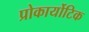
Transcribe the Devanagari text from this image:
प्रोकार्योटिक